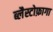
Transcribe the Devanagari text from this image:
ब्लैस्टोफ़ागा